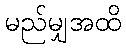
မည်မျှအထိ